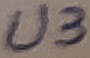
Text: U3